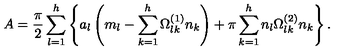
A = { \frac { \pi } { 2 } } \sum _ { l = 1 } ^ { h } \left\{ a _ { l } \left( m _ { l } - \sum _ { k = 1 } ^ { h } \Omega _ { l k } ^ { ( 1 ) } n _ { k } \right) + \pi \sum _ { k = 1 } ^ { h } n _ { l } \Omega _ { l k } ^ { ( 2 ) } n _ { k } \right\} .